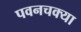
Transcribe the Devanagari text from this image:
पवनचक्या